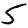
Digit: 5